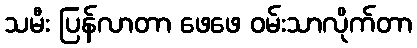
သမီး ပြန်လာတာ ဖေဖေ ဝမ်းသာလိုက်တာ